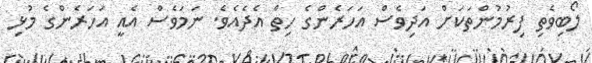
ލޯބިވެތި ފިރުމުންތަކަށް އަދިވެސް އަހަރެންގެ ހިތް އެދެއެވެ. ނަމަވެސް އެއީ އަހަރެންގެ މުޅި